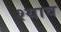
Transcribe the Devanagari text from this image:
श्याव